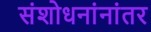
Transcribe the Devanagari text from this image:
संशोधनांनांतर